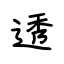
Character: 透